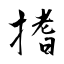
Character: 搘